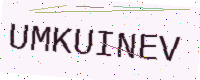
Text: UMKUINEV